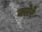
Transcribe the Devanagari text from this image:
क्लेरे